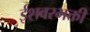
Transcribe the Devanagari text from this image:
ईशवरभक्ती